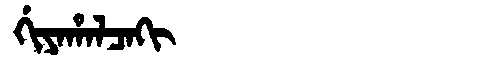
Manchu: ᡤᡳᠶᠠᡥᠠᠯᠴᠠᡴᡳ
Romanization: GIYAHALCAKI